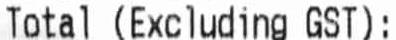
TOTAL (EXCLUDING GST):